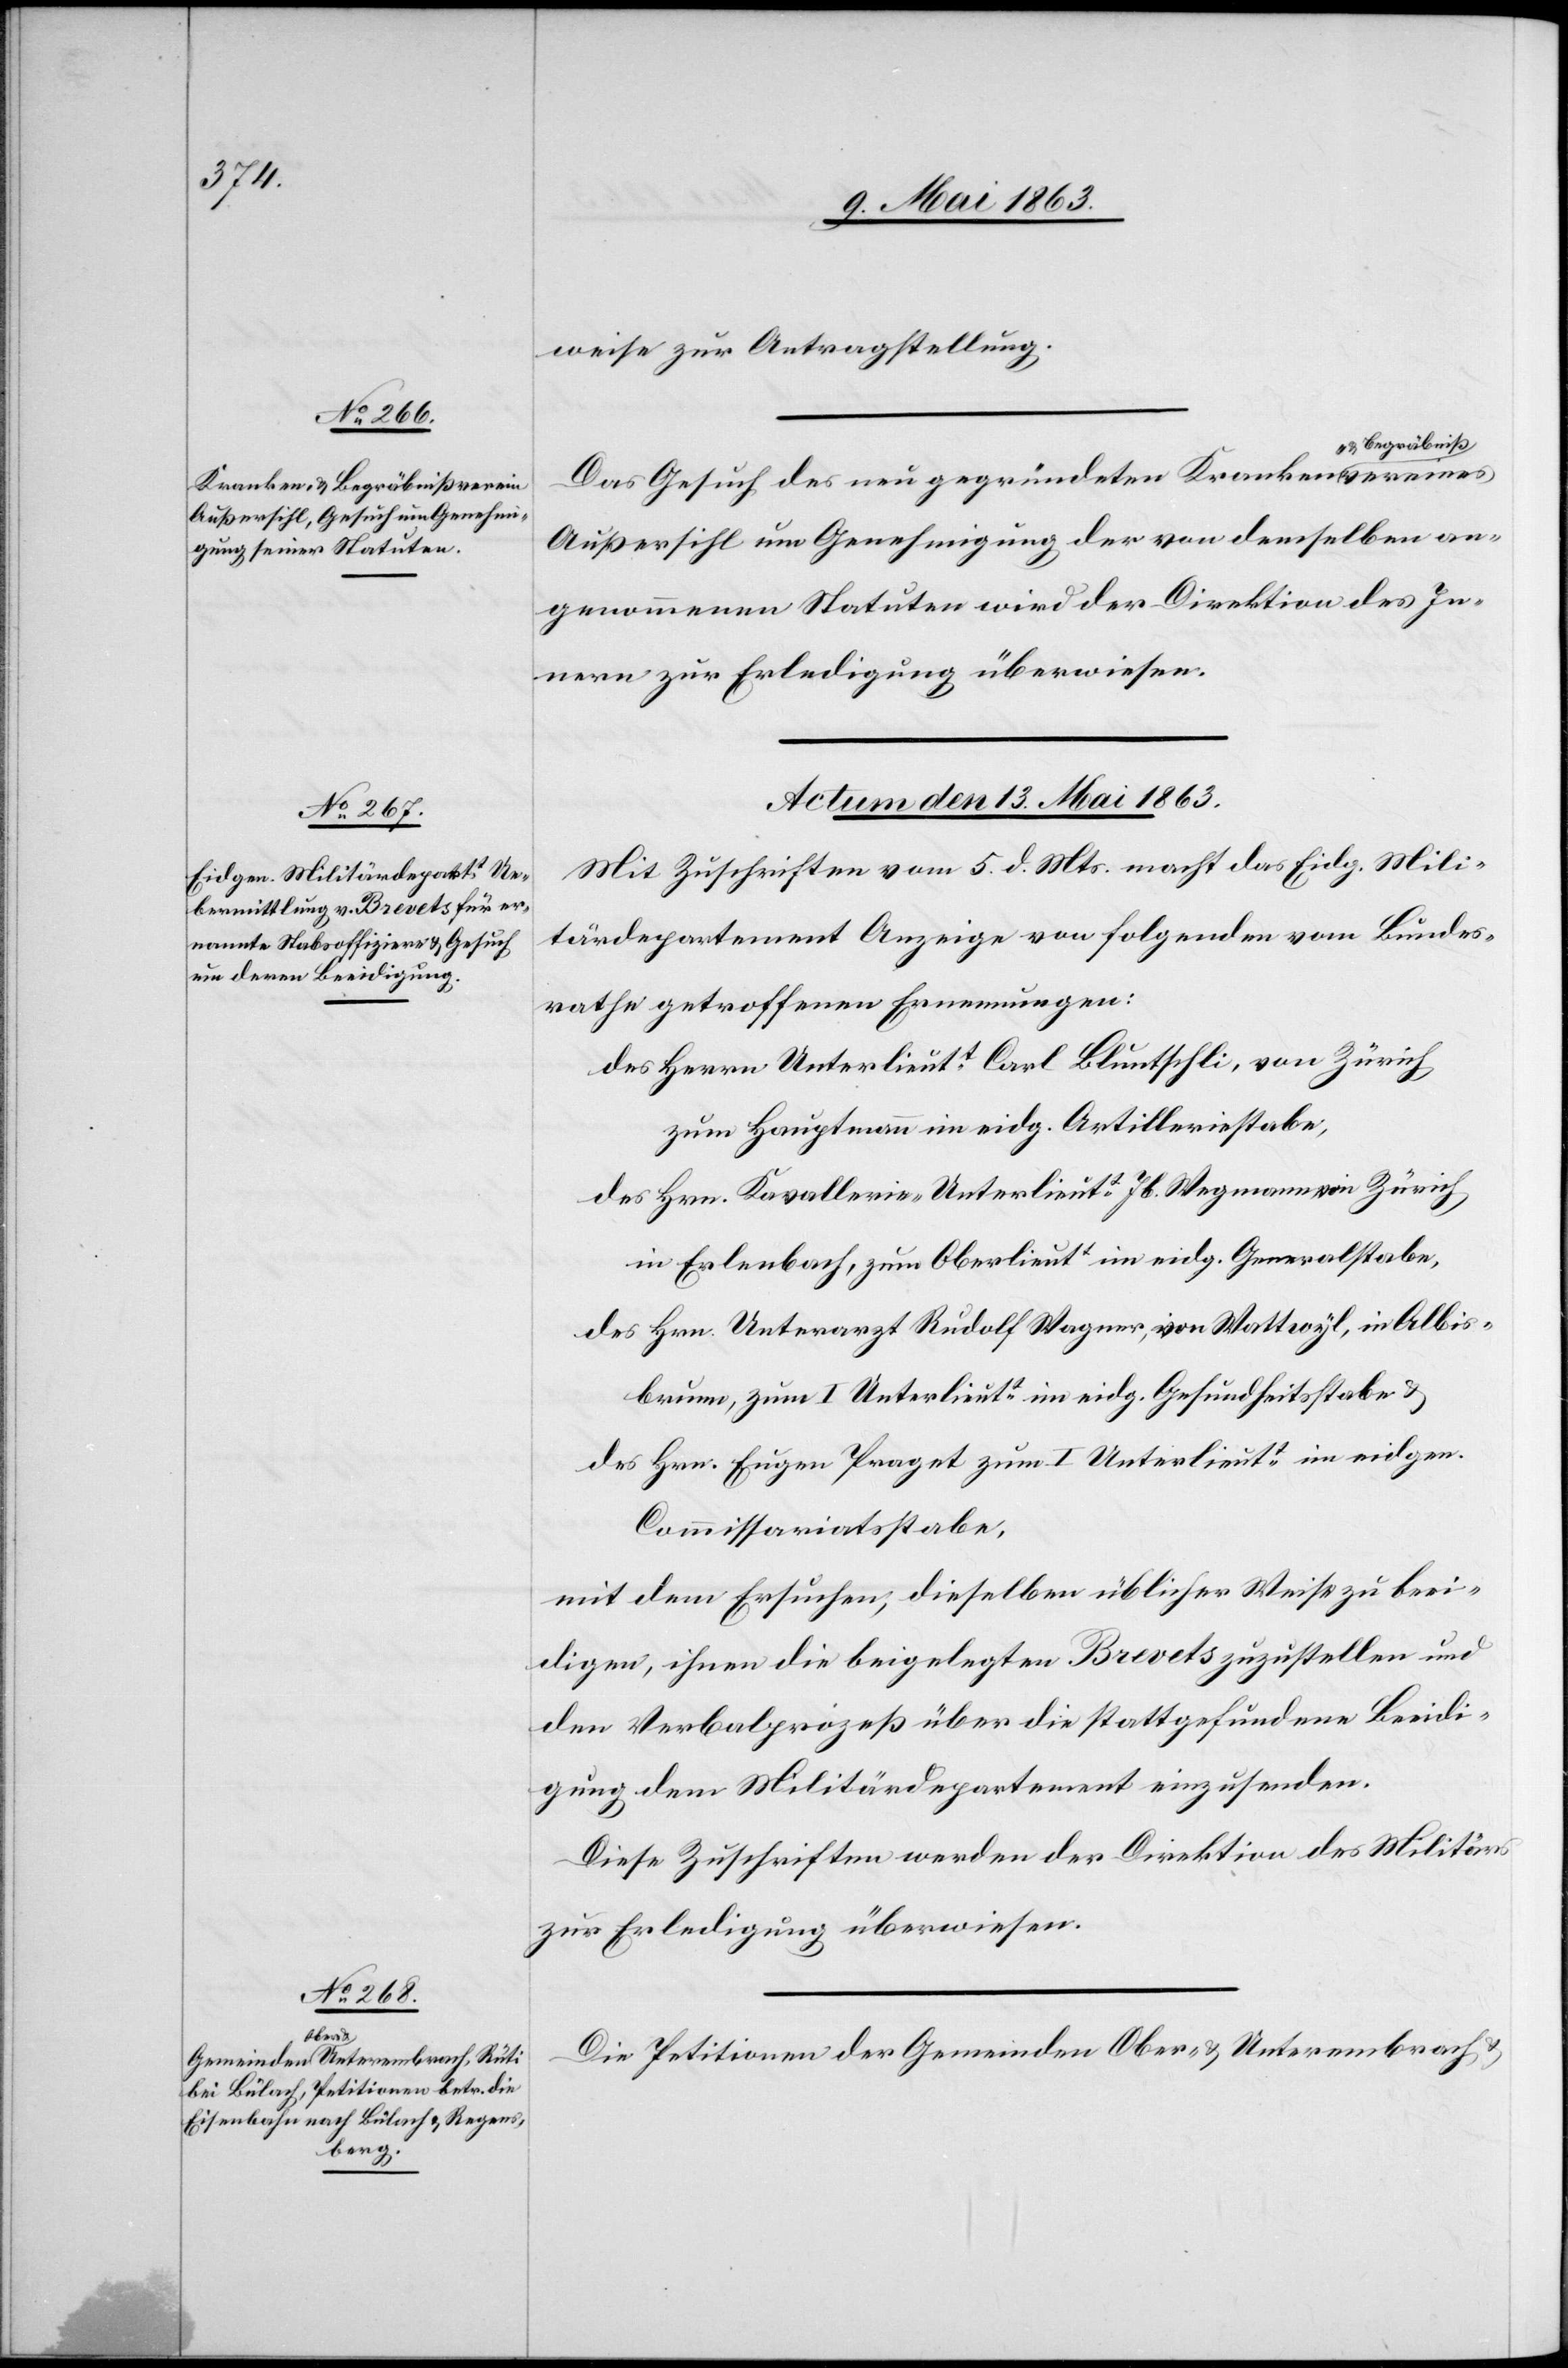
weise zur Antragstellung.
Das Gesuch des neu gegründeten Krankena--
Außersihl um Genehmigung der von demselben an¬
genommenen Statuten wird der Direktion des In¬
nern zur Erledigung überwiesen.
Actum den 13. Mai 1863.]
Mit Zuschriften vom 5. d. Mts. macht das Eidg. Mili¬
tärdepartement Anzeige von folgenden vom Bundes¬
rathe getroffenen Ernennungen:
des Herrn Unterlieutt Carl Bluntschli, von Zürich
zum Hauptmann im eidg. Artilleriestabe,
des Hrn. Kavallerie-Unterlieutt Jb. Wegmann von Zürich
in Erlenbach, zum Oberlieutt im eidg. Generalstabe,
des Hrn. Unterarzt Rudolf Wagner, von Wattwyl, in Albis¬
brunn, zum I Unterlieutt im eidg. Gesundheitsstabe &
des Hrn. Eugen Praget zum I Unterlieutt im eidgen.
Commissariatsstabe,
mit dem Ersuchen, dieselben üblicher Weise zu beei¬
digen, ihnen die beigelegten Brevets zuzustellen und
den Verbalprozeß über die stattgefundene Beeidi¬
gung dem Militärdepartement einzusenden.
Diese Zuschriften werden der Direktion des Militärs
zur Erledigung überwiesen.
Die Petitionen der Gemeinden Ober- & Unterembrach